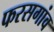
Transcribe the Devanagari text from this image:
फरसगांव